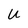
Character: U